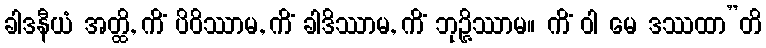
ခါဒနီယံ အတ္ထိ, ကိံ ပိဝိဿာမ, ကိံ ခါဒိဿာမ, ကိံ ဘုဉ္ဇိဿာမ။ ကိံ ဝါ မေ ဒဿထာ”တိ